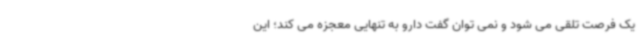
یک فرصت تلقی می شود و نمی توان گفت دارو به تنهایی معجزه می کند؛ این